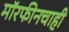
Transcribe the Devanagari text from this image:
मॉरफीनचाही